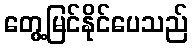
တွေ့မြင်နိုင်ပေသည်